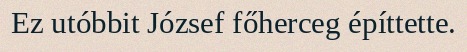
Ez utóbbit József főherceg építtette.